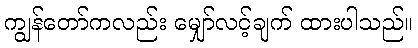
ကျွန်တော်ကလည်း မျှော်လင့်ချက် ထားပါသည်။